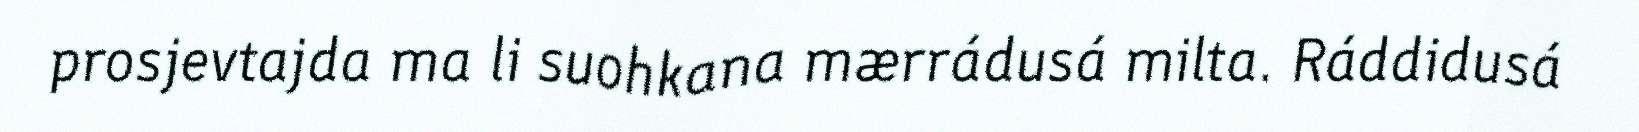
prosjevtajda ma li suohkana mærrádusá milta. Ráddidusá